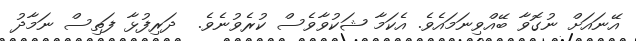
އޭނައަށް ނުގޮވާ ބޭއްވިނަމައެވެ. އެކަމާ ޝަކުވާވެސް ކުރެވުނެވެ.  ދަރިފުޅާ ފަތިސް ނަމާދު